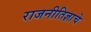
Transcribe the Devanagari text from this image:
राजनीतिज्ञाचे